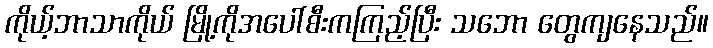
ကိုယ့်ဘာသာကိုယ် မြို့ကိုအပေါ်စီးကကြည့်ပြီး သဘော တွေကျနေသည်။